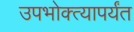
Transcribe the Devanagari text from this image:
उपभोक्त्यापर्यंत